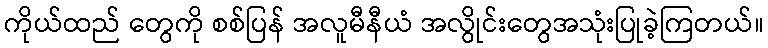
ကိုယ်ထည် တွေကို စစ်ပြန် အလူမီနီယံ အလွိုင်းတွေအသုံးပြုခဲ့ကြတယ်။